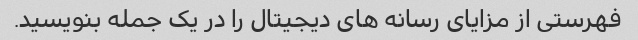
فهرستی از مزایای رسانه های دیجیتال را در یک جمله بنویسید.